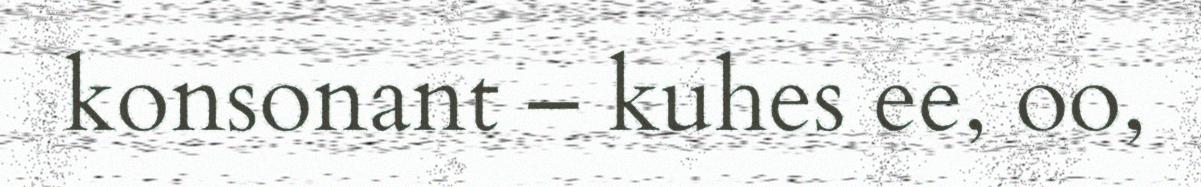
konsonant – kuhes ee, oo,